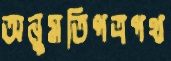
অনুমতিপত্রপথ